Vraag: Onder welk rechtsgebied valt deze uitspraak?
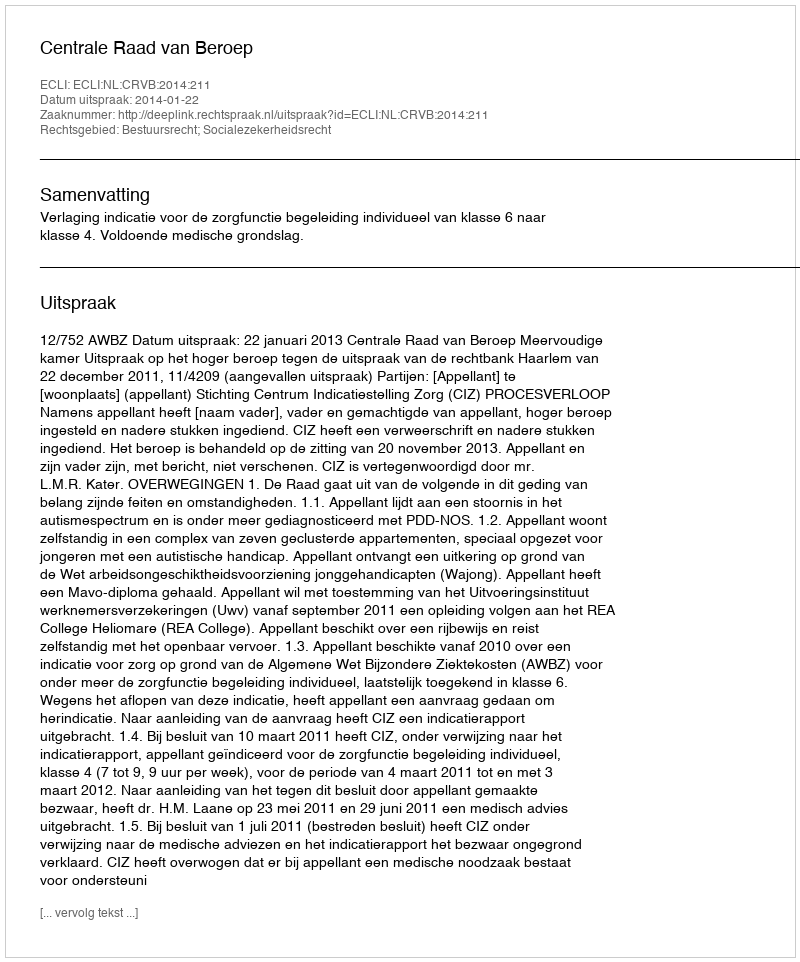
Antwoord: Bestuursrecht; Socialezekerheidsrecht